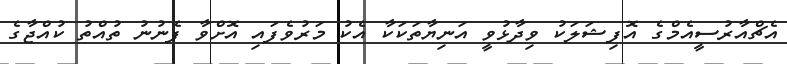
އެޗްއާރުސީއެމްގެ އޮފިޝަލަކު ވިދާޅުވީ އަނިޔާތަކަކާ އެކު މަރުވެފައި އޮށްވާ ފެނުނު ތުއްތު ކުއްޖާގެ